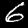
Digit: 6